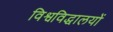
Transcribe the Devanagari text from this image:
विश्वविद्धालयों